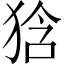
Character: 𤞻